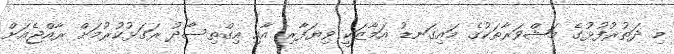
މި ދަތުރުފުޅުގެ މަޝްވަރާތަކުގެ މައިގަނޑު އަމާޒަކީ ވިޔަފާރި އާއި އިގްތިސޯދު ރަގަޅުކުރުމަށް ރާއްޖެއަށް